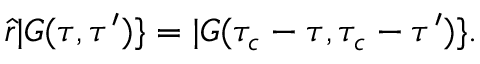
\begin{array} { r } { \hat { r } | G ( \tau , \tau ^ { \prime } ) \} = | G ( \tau _ { c } - \tau , \tau _ { c } - \tau ^ { \prime } ) \} . } \end{array}